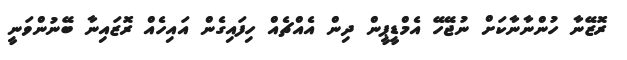
ރޮޒޭނާ ހުންނާނާކަށް ނުޖޭހޭ އެމްޑީޕީން ދިން އެއްޗެއް ހިފައިގެން އައިހެއް ރޮޒައިނާ ބޭނުންވަނީ